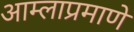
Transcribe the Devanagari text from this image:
आम्लाप्रमाणे